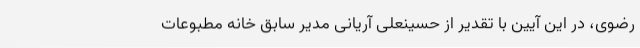
رضوی، در این آیین با تقدیر از حسینعلی آریانی مدیر سابق خانه مطبوعات